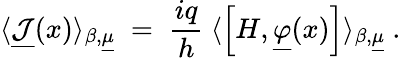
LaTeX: \langle\underline{{{{\mathcal J}}}}(x)\rangle_{\beta,\underline{{{\mu}}}}\; =\; \frac{iq}{h}~\langle\left[H,\underline{{{\varphi}}}(x)\right]\rangle_{\beta,\underline{{{\mu}}}}~.